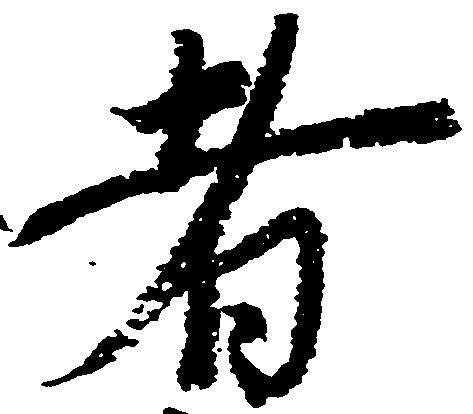
者